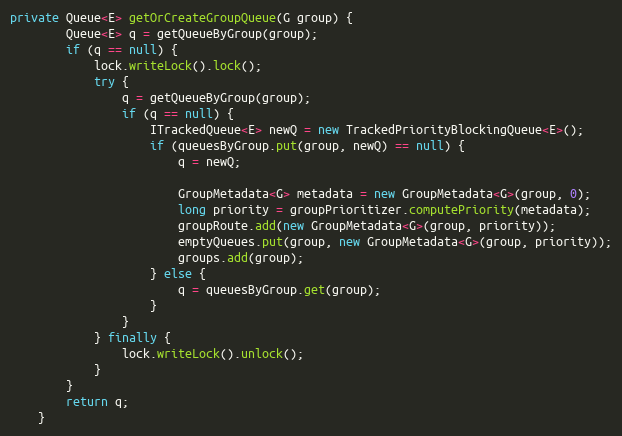
Language: Java
private Queue<E> getOrCreateGroupQueue(G group) {
        Queue<E> q = getQueueByGroup(group);
        if (q == null) {
            lock.writeLock().lock();
            try {
                q = getQueueByGroup(group);
                if (q == null) {
                    ITrackedQueue<E> newQ = new TrackedPriorityBlockingQueue<E>();
                    if (queuesByGroup.put(group, newQ) == null) {
                        q = newQ;

                        GroupMetadata<G> metadata = new GroupMetadata<G>(group, 0);
                        long priority = groupPrioritizer.computePriority(metadata);
                        groupRoute.add(new GroupMetadata<G>(group, priority));
                        emptyQueues.put(group, new GroupMetadata<G>(group, priority));
                        groups.add(group);
                    } else {
                        q = queuesByGroup.get(group);
                    }
                }
            } finally {
                lock.writeLock().unlock();
            }
        }
        return q;
    }